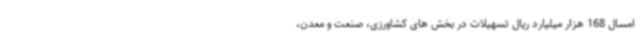
امسال 168 هزار میلیارد ریال تسهیلات در بخش های کشاورزی، صنعت ‌و معدن،